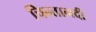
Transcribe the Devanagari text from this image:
चिन्तानदी